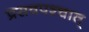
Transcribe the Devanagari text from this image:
प्रसवपश्चात्